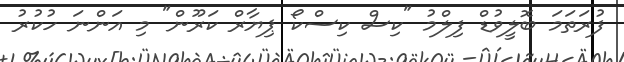
ފުރަތަމަ ބޮލީވުޑް ފިލްމު "ކިސް ކިސްކޯ ޕިޔާރް ކަރޫން" މި އަންނަ ހުކުރު